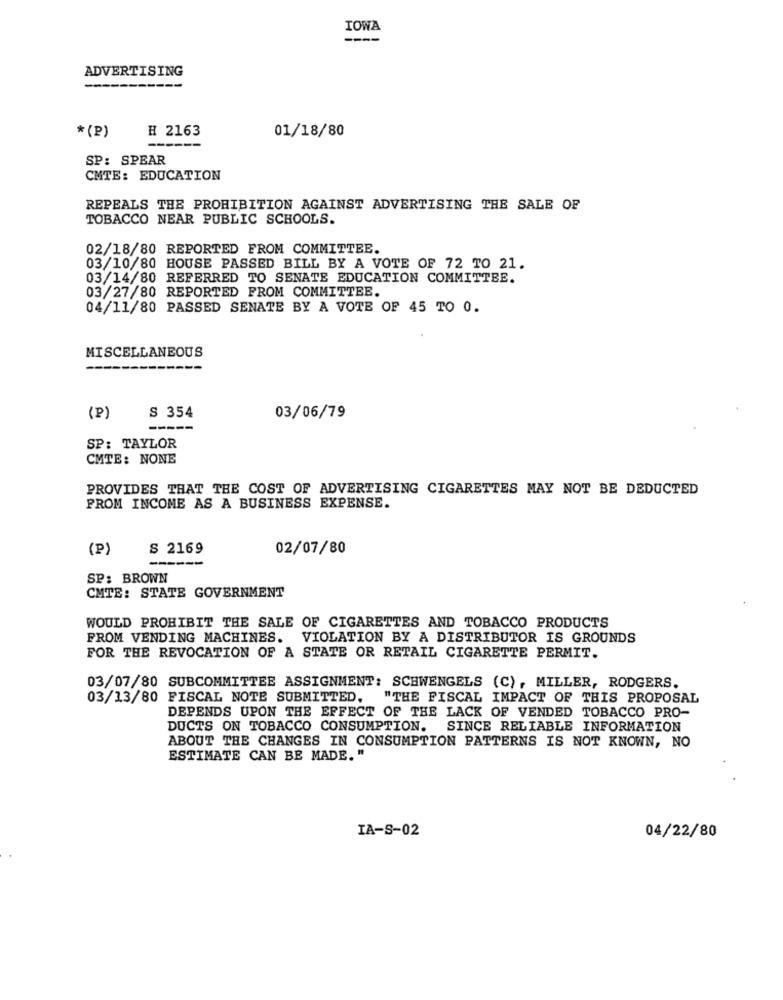
IOWA
----
ADVERTISING
---
-----
* (2)
H 2163
01/18/80
------
SP: SPEAR
CMTE: EDUCATION
REPEALS THE PROHIBITION AGAINST ADVERTISING THE SALE OF
TOBACCO NEAR PUBLIC SCHOOLS.
02/18/80 REPORTED FROM COMMITTEE.
03/10/80 HOUSE PASSED BILL BY A VOTE OF 72 TO 21.
03/14/80 REFERRED TO SENATE EDUCATION COMMITTEE.
03/27/80 REPORTED FROM COMMITTEE.
04/11/80 PASSED SENATE BY A VOTE OF 45 TO 0.
MISCELLANEOUS
S 354
(P)
03/06/79
-----
SP: TAYLOR
CMTE: NONE
PROVIDES THAT THE COST OF ADVERTISING CIGARETTES MAY NOT BE DEDUCTED
FROM INCOME AS A BUSINESS EXPENSE.
(P)
S 2169
02/07/80
---
SP: BROWN
CMTE: STATE GOVERNMENT
WOULD PROHIBIT THE SALE OF CIGARETTES AND TOBACCO PRODUCTS
FROM VENDING MACHINES. VIOLATION BY A DISTRIBUTOR IS GROUNDS
FOR THE REVOCATION OF A STATE OR RETAIL CIGARETTE PERMIT.
03/07/80 SUBCOMMITTEE ASSIGNMENT: SCHWENGELS (C), MILLER, RODGERS.
03/13/80 FISCAL NOTE SUBMITTED,
"THE FISCAL IMPACT OF THIS PROPOSAL
DEPENDS UPON THE EFFECT OF THE LACK OF VENDED TOBACCO PRO-
DUCTS ON TOBACCO CONSUMPTION. SINCE RELIABLE INFORMATION
ABOUT THE CHANGES IN CONSUMPTION PATTERNS IS NOT KNOWN, NO
ESTIMATE CAN BE MADE. "
IA-S-02
04/22/80